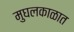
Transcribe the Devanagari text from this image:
मुघलकाळात